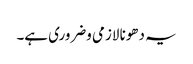
یہ دھونا لازمی وضروری ہے۔